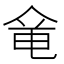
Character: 𠊋